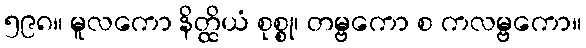
၅၉၈။ မူလကော နိတ္ထိယံ စုစ္စု၊ တမ္ဗကော စ ကလမ္ဗကော။